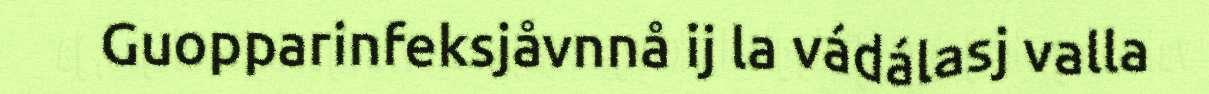
Guopparinfeksjåvnnå ij la vádálasj valla